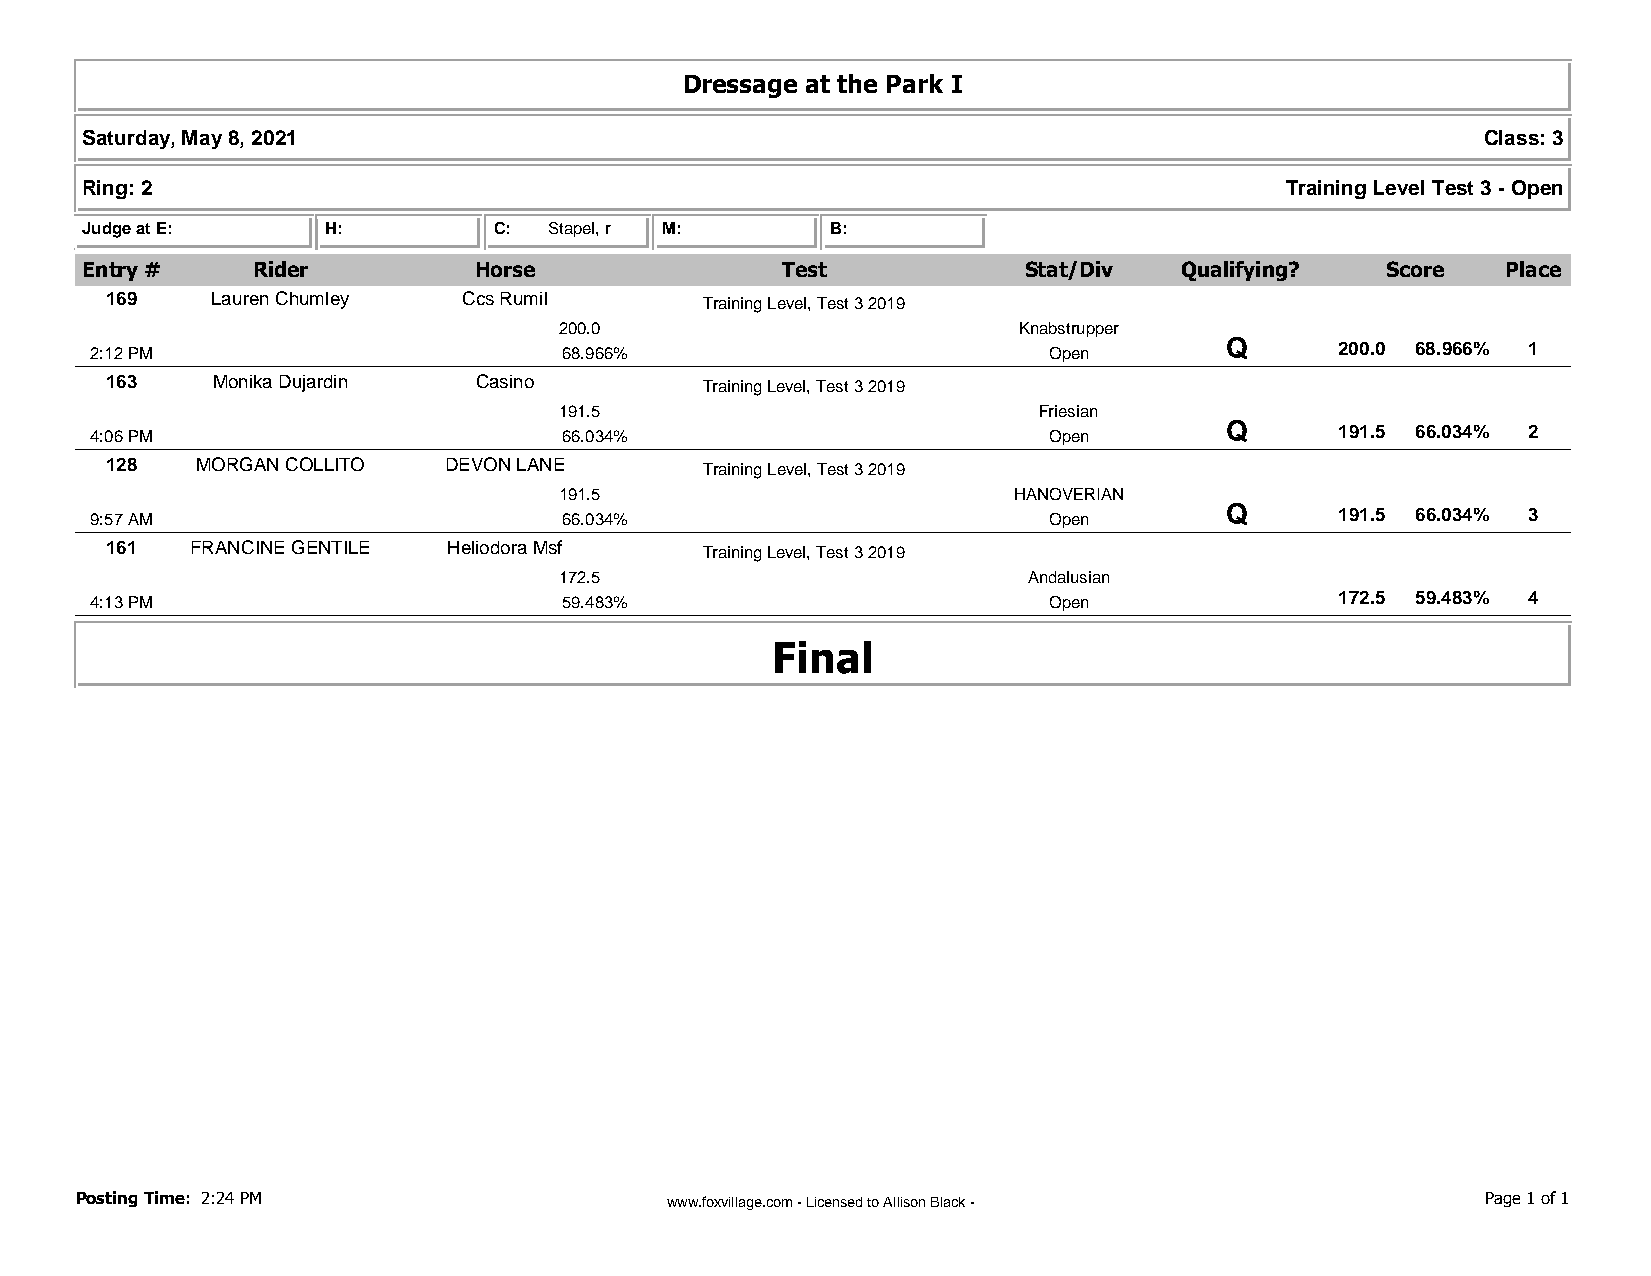
Dressage at the Park I
 Saturday, May 8, 2021                                                                        Class: 3
 Ring: 2                                                                         Training Level Test 3 - Open
 Judge at E:      H:         C: Stapel, r M:       B:
 Entry #     Rider         Horse                Test            Stat/Div  Qualifying?   Score   Place
 169    Lauren Chumley   Ccs Rumil      Training Level, Test 3 2019
 200.0                         Knabstrupper
 2:12 PM                        68.966%                         Open        Q       200.0 68.966% 1
 163    Monika Dujardin  Casino         Training Level, Test 3 2019
 191.5                           Friesian
 4:06 PM                        66.034%                         Open        Q       191.5 66.034% 2
 128   MORGAN COLLITO  DEVON LANE       Training Level, Test 3 2019
 191.5                         HANOVERIAN
 9:57 AM                        66.034%                         Open        Q       191.5 66.034% 3
 161   FRANCINE GENTILE Heliodora Msf   Training Level, Test 3 2019
 172.5                          Andalusian
 4:13 PM                        59.483%                         Open                172.5 59.483% 4
 Final
 Posting Time: 2:24 PM                  www.foxvillage.com - Licensed to Allison Black -      Page 1 of 1